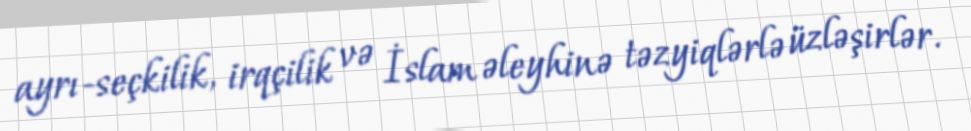
ayrı-seçkilik, irqçilik və İslam əleyhinə təzyiqlərlə üzləşirlər.